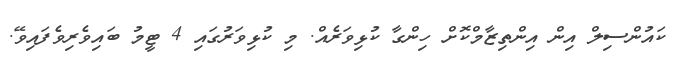
ކައުންސިލް އިން އިންތިޒާމްކޮށް ހިންގާ ކުޅިވަރެއް. މި ކުޅިވަރުގައި 4 ޓީމު ބައިވެރިވެފައިވޭ.